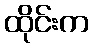
ထိုင်းက